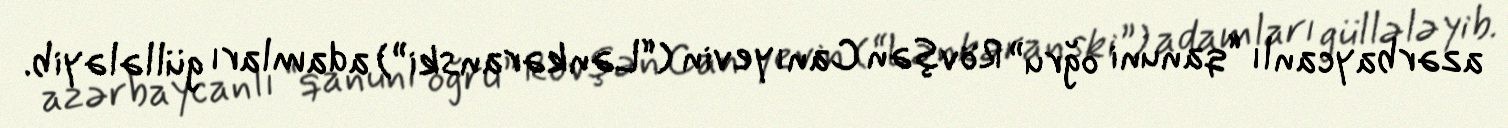
azərbaycanlı “qanuni oğru” Rövşən Canıyevin (“Lənkəranski”) adamları güllələyib.